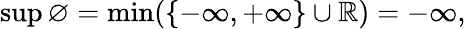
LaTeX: \operatorname*{sup}\varnothing=\operatorname*{min}(\{ -\infty,+\infty\} \cup\mathbb{R})=-\infty,